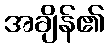
အချိန်၏